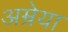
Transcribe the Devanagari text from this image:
अम्रेया